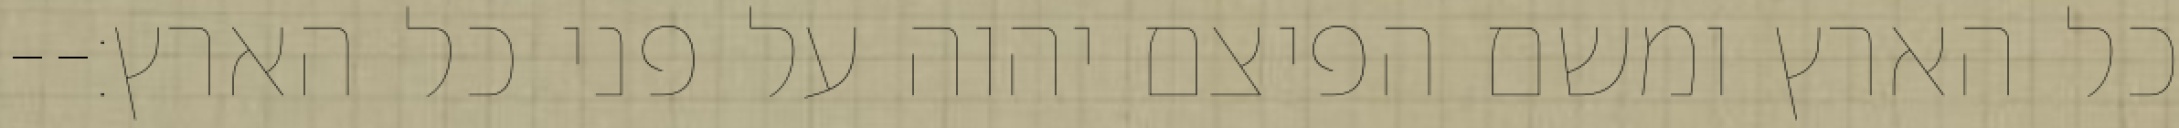
כל הארץ ומשם הפיצם יהוה על פני כל הארץ׃--